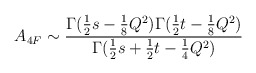
\begin{align*}A_{4F}\sim \frac{\Gamma (\frac{1}{2}s-\frac{1}{8}Q^2)\Gamma (\frac{1}{2}t-\frac{1}{8}Q^2)}{\Gamma (\frac{1}{2}s+\frac{1}{2}t-\frac{1}{4}Q^2)}\end{align*}